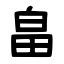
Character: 畠